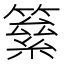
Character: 𥳮